Vaccination in Bombay 1902-1912 - 1902-1912
Year: 1902
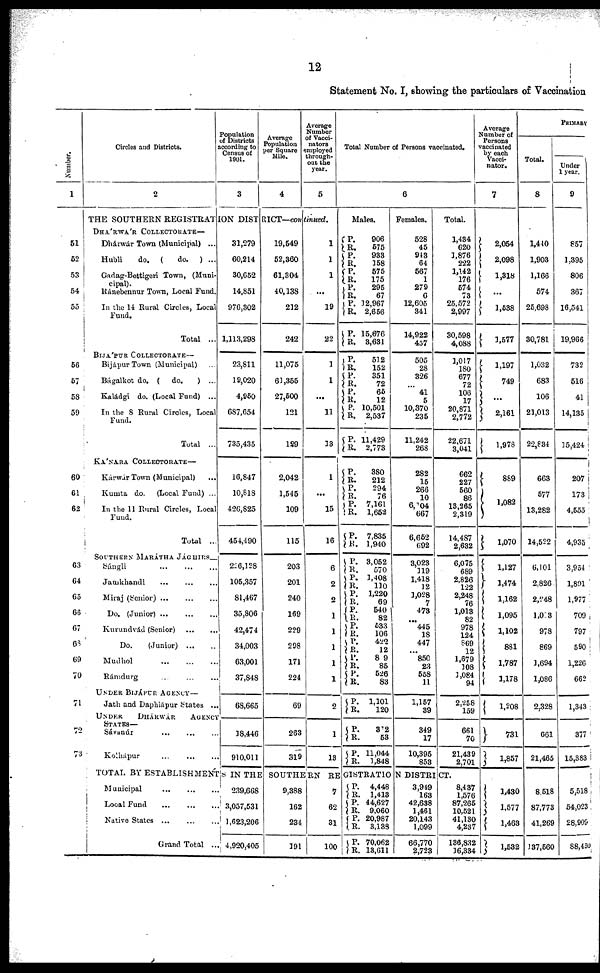
12
Statement No. I, showing the particulars of Vaccination
Number.
1
51
52
53
54
55
56
57
58
59
60
61
62
63
64
65
66
67
68
69
70
71
72
73
Circles and Districts.
2
Population
of Districts
according to
Census of
1901.
3
Average
Population
per Square
Mile.
4
average
Number
of Vacci¬
nators
employed
through¬
out the
year.
5
THE SOUTHERN REGISTRATION DISTRICT—continued.
DHÁRWÁR COLLECTORATE—
Dhárwár Town (Municipal) ...
Hubli
do. (
do. ) ...
Gadag-Bettigeri Town, (Muni-
-------
Ránebennur Town, Local Fund.
In the 14 Rural Circles, Local
Fund.
Total ...
Bijápur Town (Municipal) ...
Bágalkot do. ( do.
) ...
Kaládgi do. (Local Fund) ...
In the 8 Rural Circles, Local
Fund.
Total ...
KÁNARA COLLECTORATE—
Kárwár Town (Municipal)
...
Kumta do. (Local Fund) ...
In the 11 Rural Circles, Local
Fund.
Total ...
SOUTHERN MARÁTHA JÁGHIRS—
Sángli ... ... ...
Jamkhandi
...
...
...
Miraj (Senior)
...
...
...
Do. (Junior)
...
...
...
Kurundvád (Senior)
...
...
Do.
(Junior)
...
...
Mudhol
...
...
...
Rámdurg ... ... ...
UNDER BIJÁPUR AGENCY —
Jath and Daphlápur States ...
UNDER
DHÁRWÁR
AGENCY
Sávanúr
...
...
...
Kolhápur
...
...
31,279
60,214
30,652
14,851
976,302
1,113,298
23,811
19,020
4,950
687,654
735,435
16,847
10,818
426,825
454,190
226,128
105,357
81,467
35,806
42,474
34,003
63,001
37,848
68,665
18,446
910,011
19,549
52,360
61,304
40,138
212
242
11,075
61,355
27,500
121
129
2,042
1,545
109
115
203
201
240
169
229
298
171
224
69
263
319
1
1
1
...
19
22
1
1
...
11
13
1
...
15
16
6
2
2
1
1
1
1
1
2
1
13
Total Number of Persons vaccinated.
6
Males.
P.
R.
P.
R.
P.
R.
P.
R.
P.
R.
P.
R.
P.
R.
P.
R.
P.
R.
P.
R.
P.
R.
P. R.
P.
R.
P.
R.
P.
R.
906
575
983
158
575
175
295
67
12,967
2,656
15,676
3,631
512
152
351
72
65
12
10,501
2,537
11,429
2,773
380
212
294
76
7,161
1,652
7,835
1,940
P.
R.
P.
R.
P.
R.
P.
R.
P. R.
P.
R.
P.
R.
P.
R.
P.
R.
P.
R.
P.
R.
3,052
570
1,408
110
1,220
69
540
82
533
106
422
12
89
85
526
83
1,101
120
312
53
11,044
1,848
Females.
528
45
943
64
567
1
279
6
12,605
341
14,922
457
505
28
326
...
41
5
10,370
235
11,242
268
282
15
266
10
6,104
667
6,652
692
3,023
119
1,418
12
1,028
7
473
...
445
18
447
...
850
23
558
11
1,157
39
349
17
10,395
853
Total.
1,434
620
1,876
222
1,142
176
574
73
25,572
2,997
30,598
4,088
1,017
180
677
72
106
17
20,871
2,772
22,671
3,041
662
227
560
86
13 265
2,319
14,487
2,632
6,075
689
2,826
122
2,248
76
1,013
82
978
124
869
12
1,679
108
3,084
94
2,258
159
661
70
21,439
2,701
TOTAL BY ESTABLISHMENT
IN THE SOUTHERN REGISTRATION DISTRICT.
Municipal
...
...
...
Local Fund
...
...
...
Native States
...
...
...
Grand Total ...
239,668
3,057,531
1,623,206
4,920,405
9,388
162
234
191
7
62
31
100
P.
R.
P.
R.
P.
R.
P.
R.
4,448
1,413
44,627
9,060
20,987
3,133
70,062
13,611
3,949
163
42,638
1,461
20,143
1,099
66,770
2,723
8,437
1,576
87,265
10,521
41,130
4,237
136,832
36,334
Average
Number of
Persons
vaccinated
by each
Vacci¬
nator.
7
2,054
2,098
1,318
...
1,538
1,577
1,197
749
...
2,161
1,978
889
1,082
1,070
1,127
1,474
1,162
1,095
1,102
881
1,787
1,178
1,208
731
1,857
1,430
1,577
1,463
1,532
PRIMARY
Total.
8
1,440
1,903
1,166
574
25,698
30,781
1,032
683
106
21,013
22,834
663
577
13,282
14,522
6,101
2,826
2,248
1,013
978
869
3,694
1,086
2,328
661
21,465
8,518
87,773
41,269
137,560
Under
1 year.
9
857
1,395
806
367
16,541
19,966
732
516
41
14,135
15,424
207
173
4,555
4,935
3,954
1,891
1,977
709
797
590
1,226
662
1,343
377
15,383
5,518
54,023
28,909
88,450